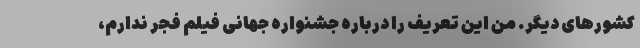
کشورهای دیگر. من این تعریف را درباره جشنواره جهانی فیلم فجر ندارم،